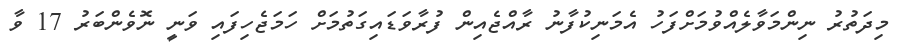
މިދަތުރު ނިންމަވާލެއްވުމަށްފަހު އެމަނިކުފާނު ރާއްޖެއިން ފުރާވަޑައިގަތުމަށް ހަމަޖެހިފައި ވަނީ ނޮވެންބަރު 17 ވާ